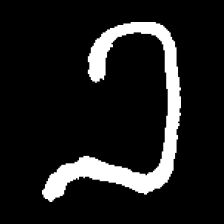
Pyu character \u2014 Myanmar letter: ခ (romanized: kha)